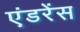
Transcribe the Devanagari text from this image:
एंडरेंस